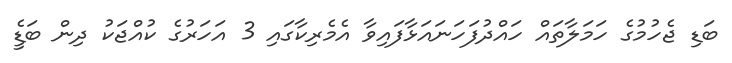
ބަޑި ޖެހުމުގެ ހަމަލާތައް ހައްދުފަހަނައަޅާފައިވާ އެމެރިކާގައި 3 އަހަރުގެ ކުއްޖަކު ދިން ބަޑީެ